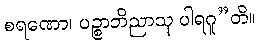
စရဏော၊ ပဉ္စာဘိညာသု ပါရဂူ”တိ။